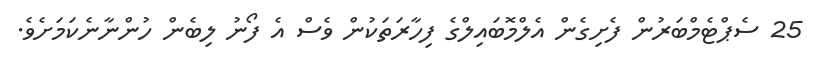
25 ސެޕްޓެމްބަރުން ފެށިގެން އެލްމޮބައިލްގެ ފިހާރަތަކުން ވެސް އެ ފޯނު ލިބެން ހުންނާނެކަމަށެވެ.